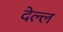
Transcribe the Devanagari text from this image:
देल्ल